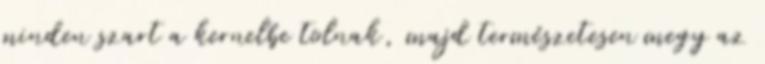
minden szart a kernelbe tolnak, majd természetesen megy az